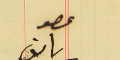
عصو ىاىف